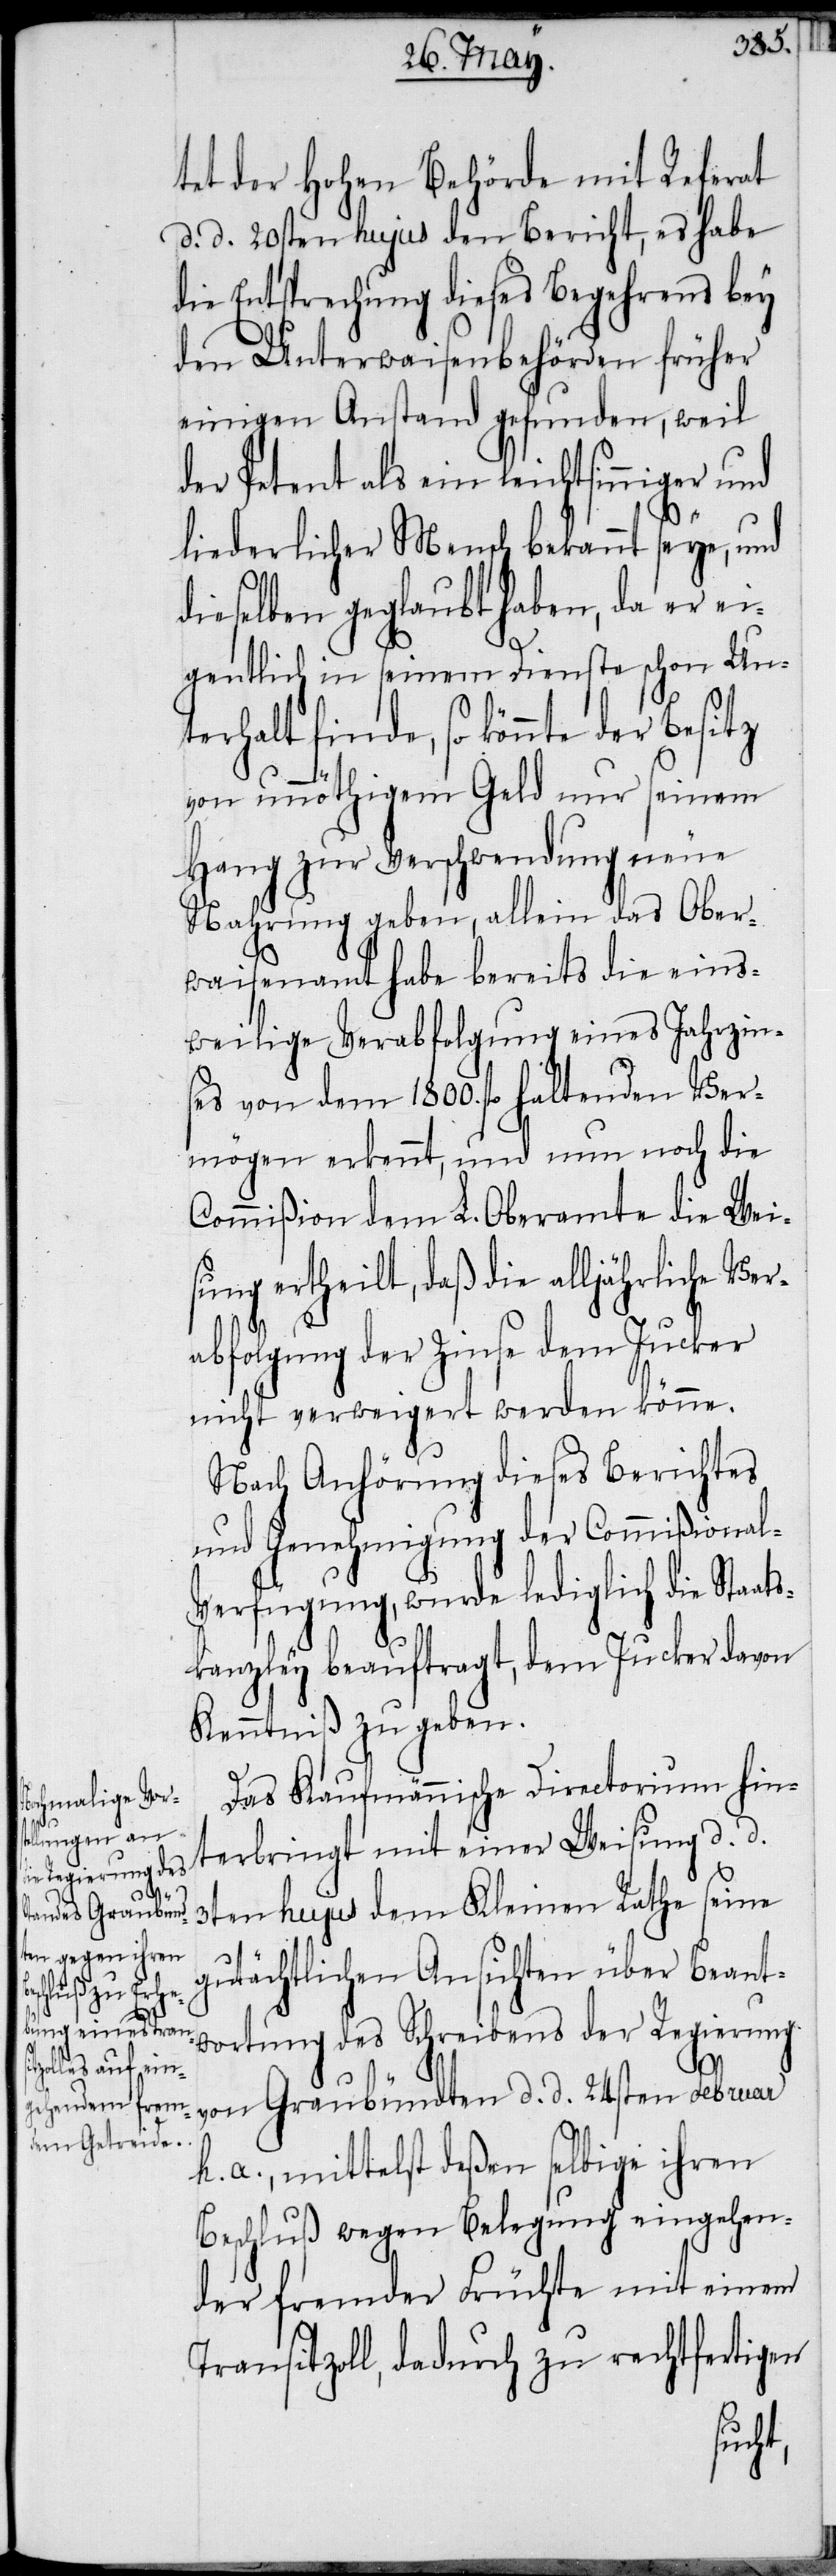
der Besitz

tet der Hohen Behörde mit Referat
d. d. 20sten hujus den Bericht, es habe
die Entsprechung dieses Begehrens bey
den Unterwaisenbehörden früher
einigen Anstand gefunden, weil
der Petent als ein leichtsinniger und
liederlicher Mensch bekannt seye, und
dieselben geglaubt haben, da er ei¬
gentlich in seinem Dienste schon Un¬
von unnöthigem Geld nur seinem
Hang zur Verschwendung neue
Nahrung geben, allein das Ober¬
waisenamt habe bereits die eins¬
weilige Verabfolgung eines Jahrzin¬
ses von dem 1800. fl haltenden Ver¬
mögen erkennt, und nun noch die
Commißion dem L. Oberamte die Wei¬
sung ertheilt, daß die alljährliche Ver¬
abfolgung der Zinse dem Jucker
nicht verweigert werden könne.
Nach Anhörung dieses Berichtes
und Genehmigung der Commißional-V¬
erfügung, wurde lediglich die Staats¬
kanzley beauftragt, dem Jucker davon
Kenntniß zu geben.
Das Kaufmännische Directorium hin¬
terbringt mit einer Weisung d. d.
3ten hujus dem Kleinen Rathe seine
gutächtlichen Ansichten über Beant¬
wortung des Schreibens der Regierung
von Graubündten d. d. 24sten Februar
h. a., mittelst deßen selbige ihren
Beschluß wegen Belegung eingehen¬
der fremder Früchte mit einem
Transitzoll, dadurch zu rechtfertigen